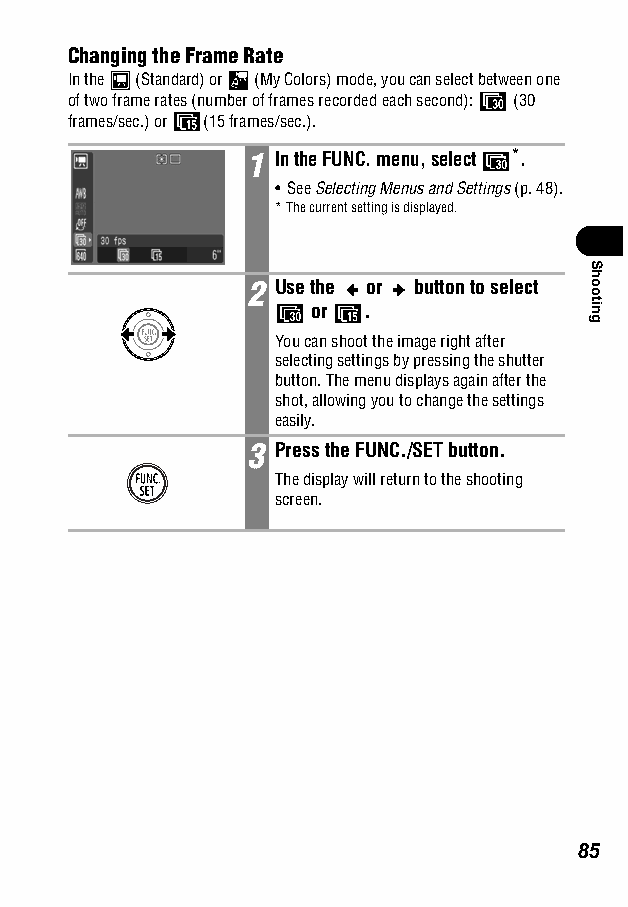
Changing the Frame Rate
 In the (Standard) or (My Colors) mode, you can select between one
 of two frame rates (number of frames recorded each second): (30
 frames/sec.) or (15 frames/sec.).
 1 In the FUNC. menu, select *.
 • See Selecting Menus and Settings (p. 48).
 *The current setting is displayed.
 2 Use the or button to select
 or .
 You can shoot the image right after
 selecting settings by pressing the shutter
 button. The menu displays again after the
 shot, allowing you to change the settings
 easily.
 3 Press the FUNC./SET button.
 The display will return to the shooting
 screen.
 85
 Shooting